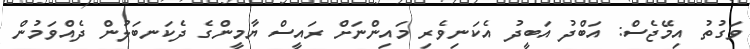
ވަގުތު އިމޭޖެސް: އަބްދު އަބީދު އެކަނިވެރި މައިންނަށް ރައީސް ޔާމީންގެ ދެކަނބަލުން ދެއްވަމުން